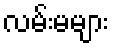
လမ်းမများ